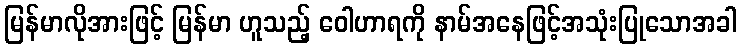
မြန်မာလိုအားဖြင့် မြန်မာ ဟူသည့် ဝေါဟာရကို နာမ်အနေဖြင့်အသုံးပြုသောအခါ